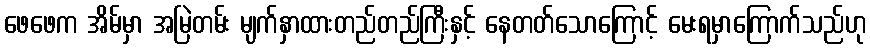
ဖေဖေက အိမ်မှာ အမြဲတမ်း မျက်နှာထားတည်တည်ကြီးနှင့် နေတတ်သောကြောင့် မေးရမှာကြောက်သည်ဟု